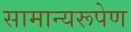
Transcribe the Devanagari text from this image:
सामान्यरूपेण